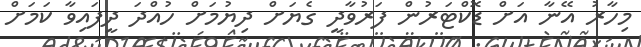
މިހާރު އޭނާ އަށް ޑޮކްޓަރުން ފަރުވާދީ ގެޔަށް ދިޔުމަށް ހުއްދަ ދީފައިވާ ކަމަށް